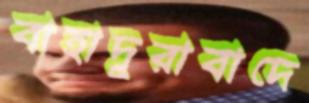
বাহাদুরাবাদে